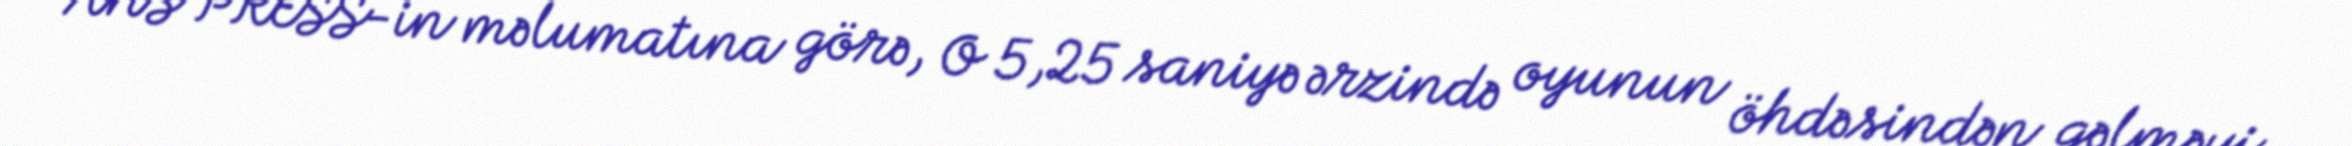
ANS PRESS-in məlumatına görə, O 5,25 saniyə ərzində oyunun öhdəsindən gəlməyi